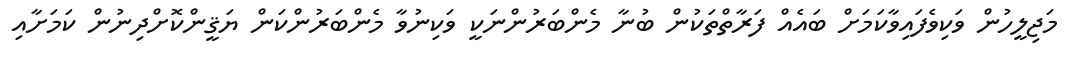
މަޖިލީހުން ވަކިވެފައިވާކަމަށް ބައެއް ފަރާތްތަކުން ބުނާ މެންބަރުންނަކީ ވަކިނުވާ މެންބަރުންކަން ޔަޤީންކޮށްދިނުން ކަމަށާއި